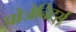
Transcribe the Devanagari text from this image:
प्रोजेनिटर्स